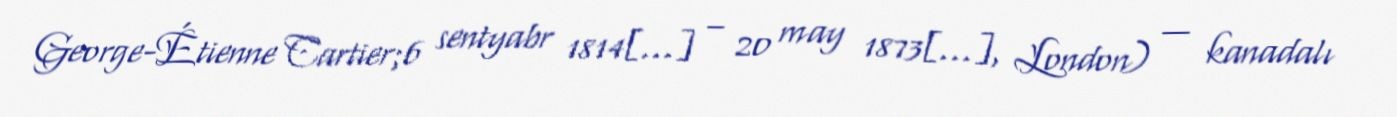
George-Étienne Cartier;6 sentyabr 1814[…] – 20 may 1873[…], London) — kanadalı